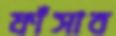
ফাঁসাব